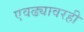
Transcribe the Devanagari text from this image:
एवढ्यावरही